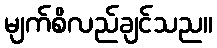
မျက်စိလည်ချင်သည။